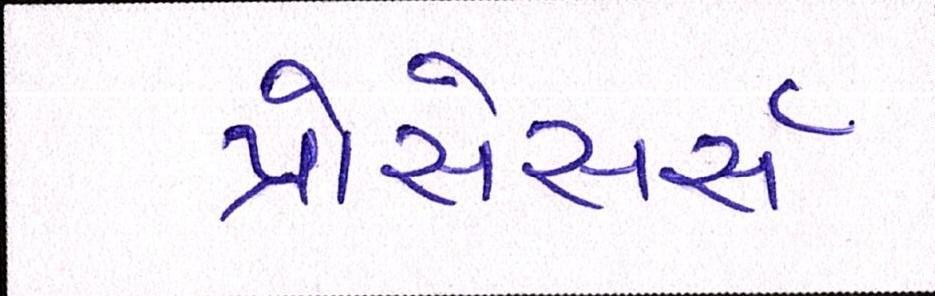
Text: પ્રોસેસર્સ